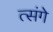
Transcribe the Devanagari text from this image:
त्संगे